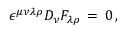
\epsilon ^ { \mu \nu \lambda \rho } D _ { \nu } F _ { \lambda \rho } \, = \, 0 \, ,